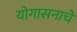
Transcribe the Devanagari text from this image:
योगासनाचे